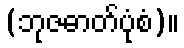
(ဘုဇဓာတ်ပုံစံ)။